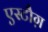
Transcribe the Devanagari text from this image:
एस्टौग़